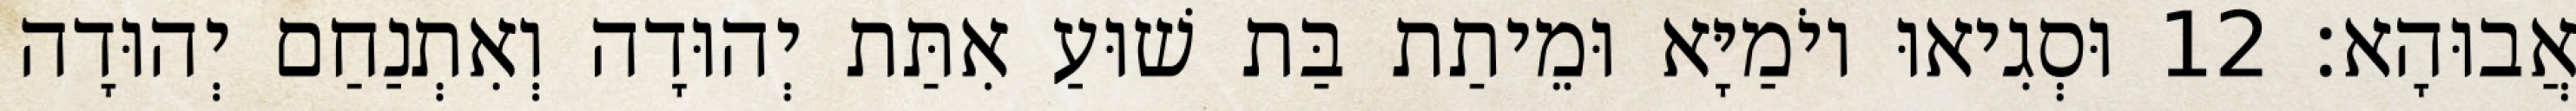
אֲבוּהָא׃ 12 וּסְגִיאוּ יוֹמַיָּא וּמֵיתַת בַּת שׁוּעַ אִתַּת יְהוּדָה וְאִתְנַחַם יְהוּדָה